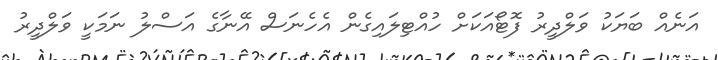
އަނެއް ބަޔަކު ވަލްދީރު ފޮޓޯއަކަށް ހުއްޓިލައިގެން އެހެނަސް އޭނާގެ އަސްލު ނަމަކީ ވަލްދީރު